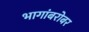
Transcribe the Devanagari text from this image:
भागांबरोबर